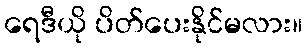
ရေဒီယို ပိတ်ပေးနိုင်မလား။